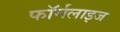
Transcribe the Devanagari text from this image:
फॉर्मलाइज